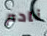
نادم